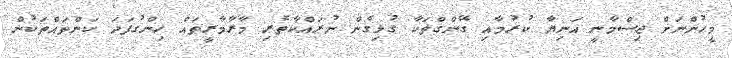
މީހުންނަށް ޖިސްމާނީ އަނިޔާ ކުރުމާއި ގޭންގްތަކާ ގުޅިގެން ނުރައްކާތެރި މާރާމާރީތައް ހިންގުފަދަ ކަންތައްތަކުން